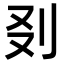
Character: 𠚿